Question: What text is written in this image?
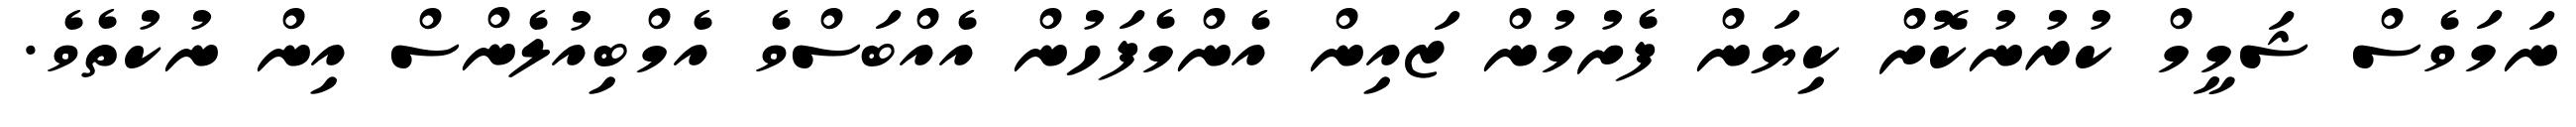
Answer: ނަމަވެސް ޝަމީމް ކުރުނުކޮށް ކިޔަން ފެށުމުން ޒައިން އެންމެފަހުން އެއްބަސްވެ އެމްބިއުލެންސް އިން ނުކުތެވެ.